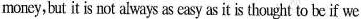
money,but it is not always as easy as it is thought to be if we